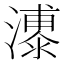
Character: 𪷫